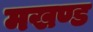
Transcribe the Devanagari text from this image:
मखण्ड